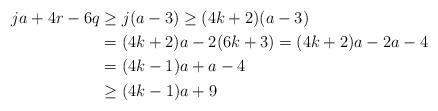
LaTeX: \begin{align*}j a + 4 r - 6 q & \geq j (a-3) \geq (4k+2) (a-3) \\& = (4k+2) a - 2 (6k+3) = (4 k +2) a - 2 a - 4\\& = (4k-1) a + a - 4\\& \geq (4k-1) a + 9\end{align*}